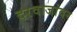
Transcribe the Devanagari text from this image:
दरवाजांवर